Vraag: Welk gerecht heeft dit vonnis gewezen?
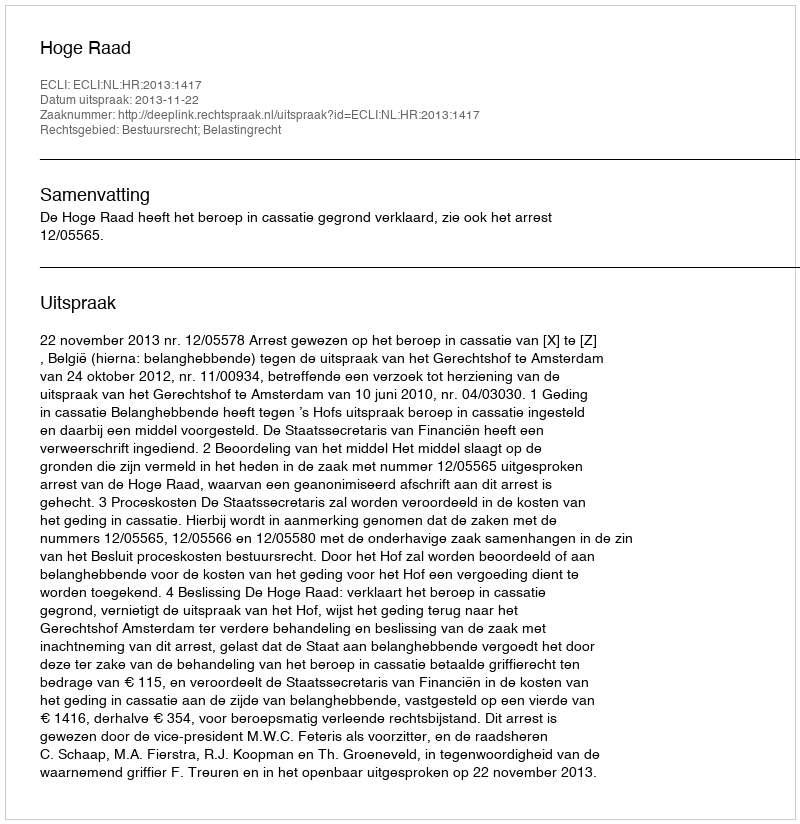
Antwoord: Hoge Raad